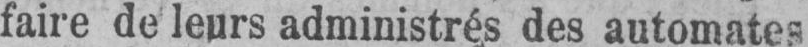
faire de leurs administrés des automates